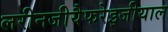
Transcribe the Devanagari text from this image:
लरीनजीयैफरेइजीयाल